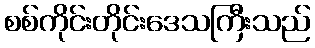
စစ်ကိုင်းတိုင်းဒေသကြီးသည်